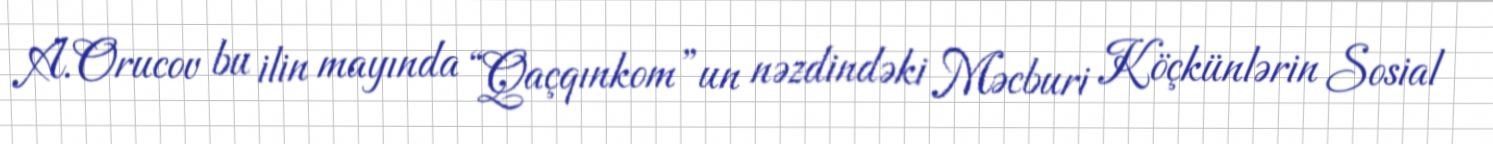
A.Orucov bu ilin mayında “Qaçqınkom”un nəzdindəki Məcburi Köçkünlərin Sosial